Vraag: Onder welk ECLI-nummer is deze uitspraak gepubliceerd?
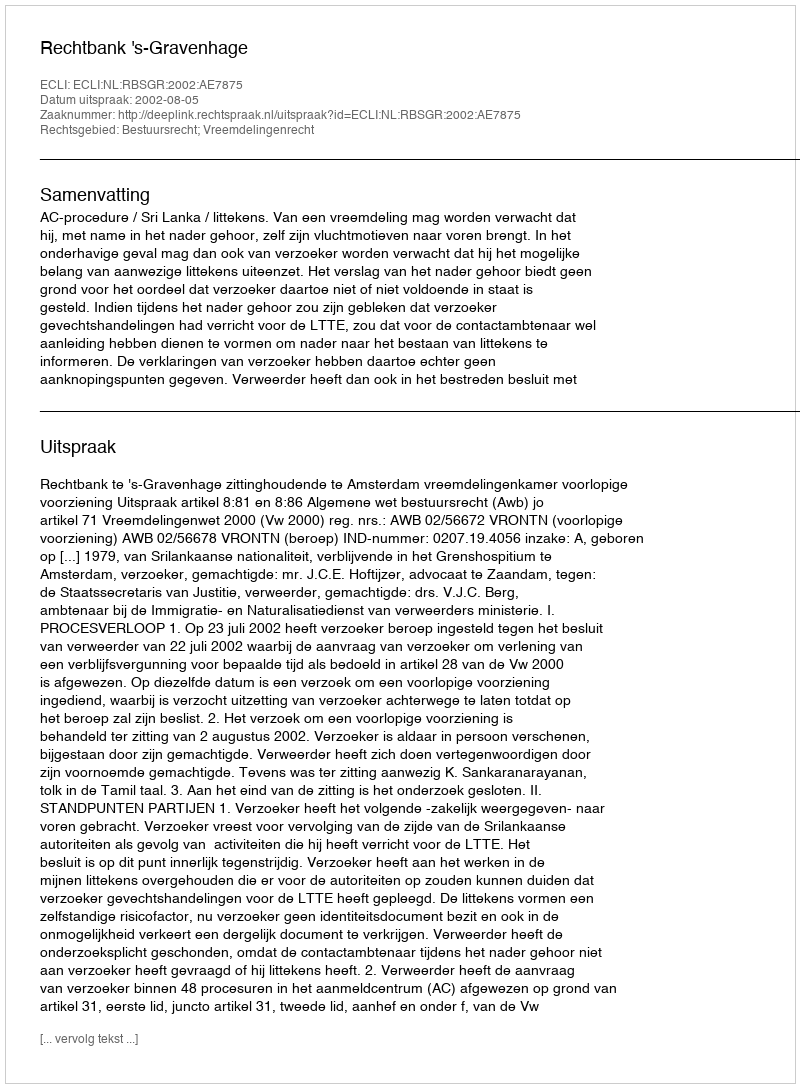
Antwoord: ECLI:NL:RBSGR:2002:AE7875